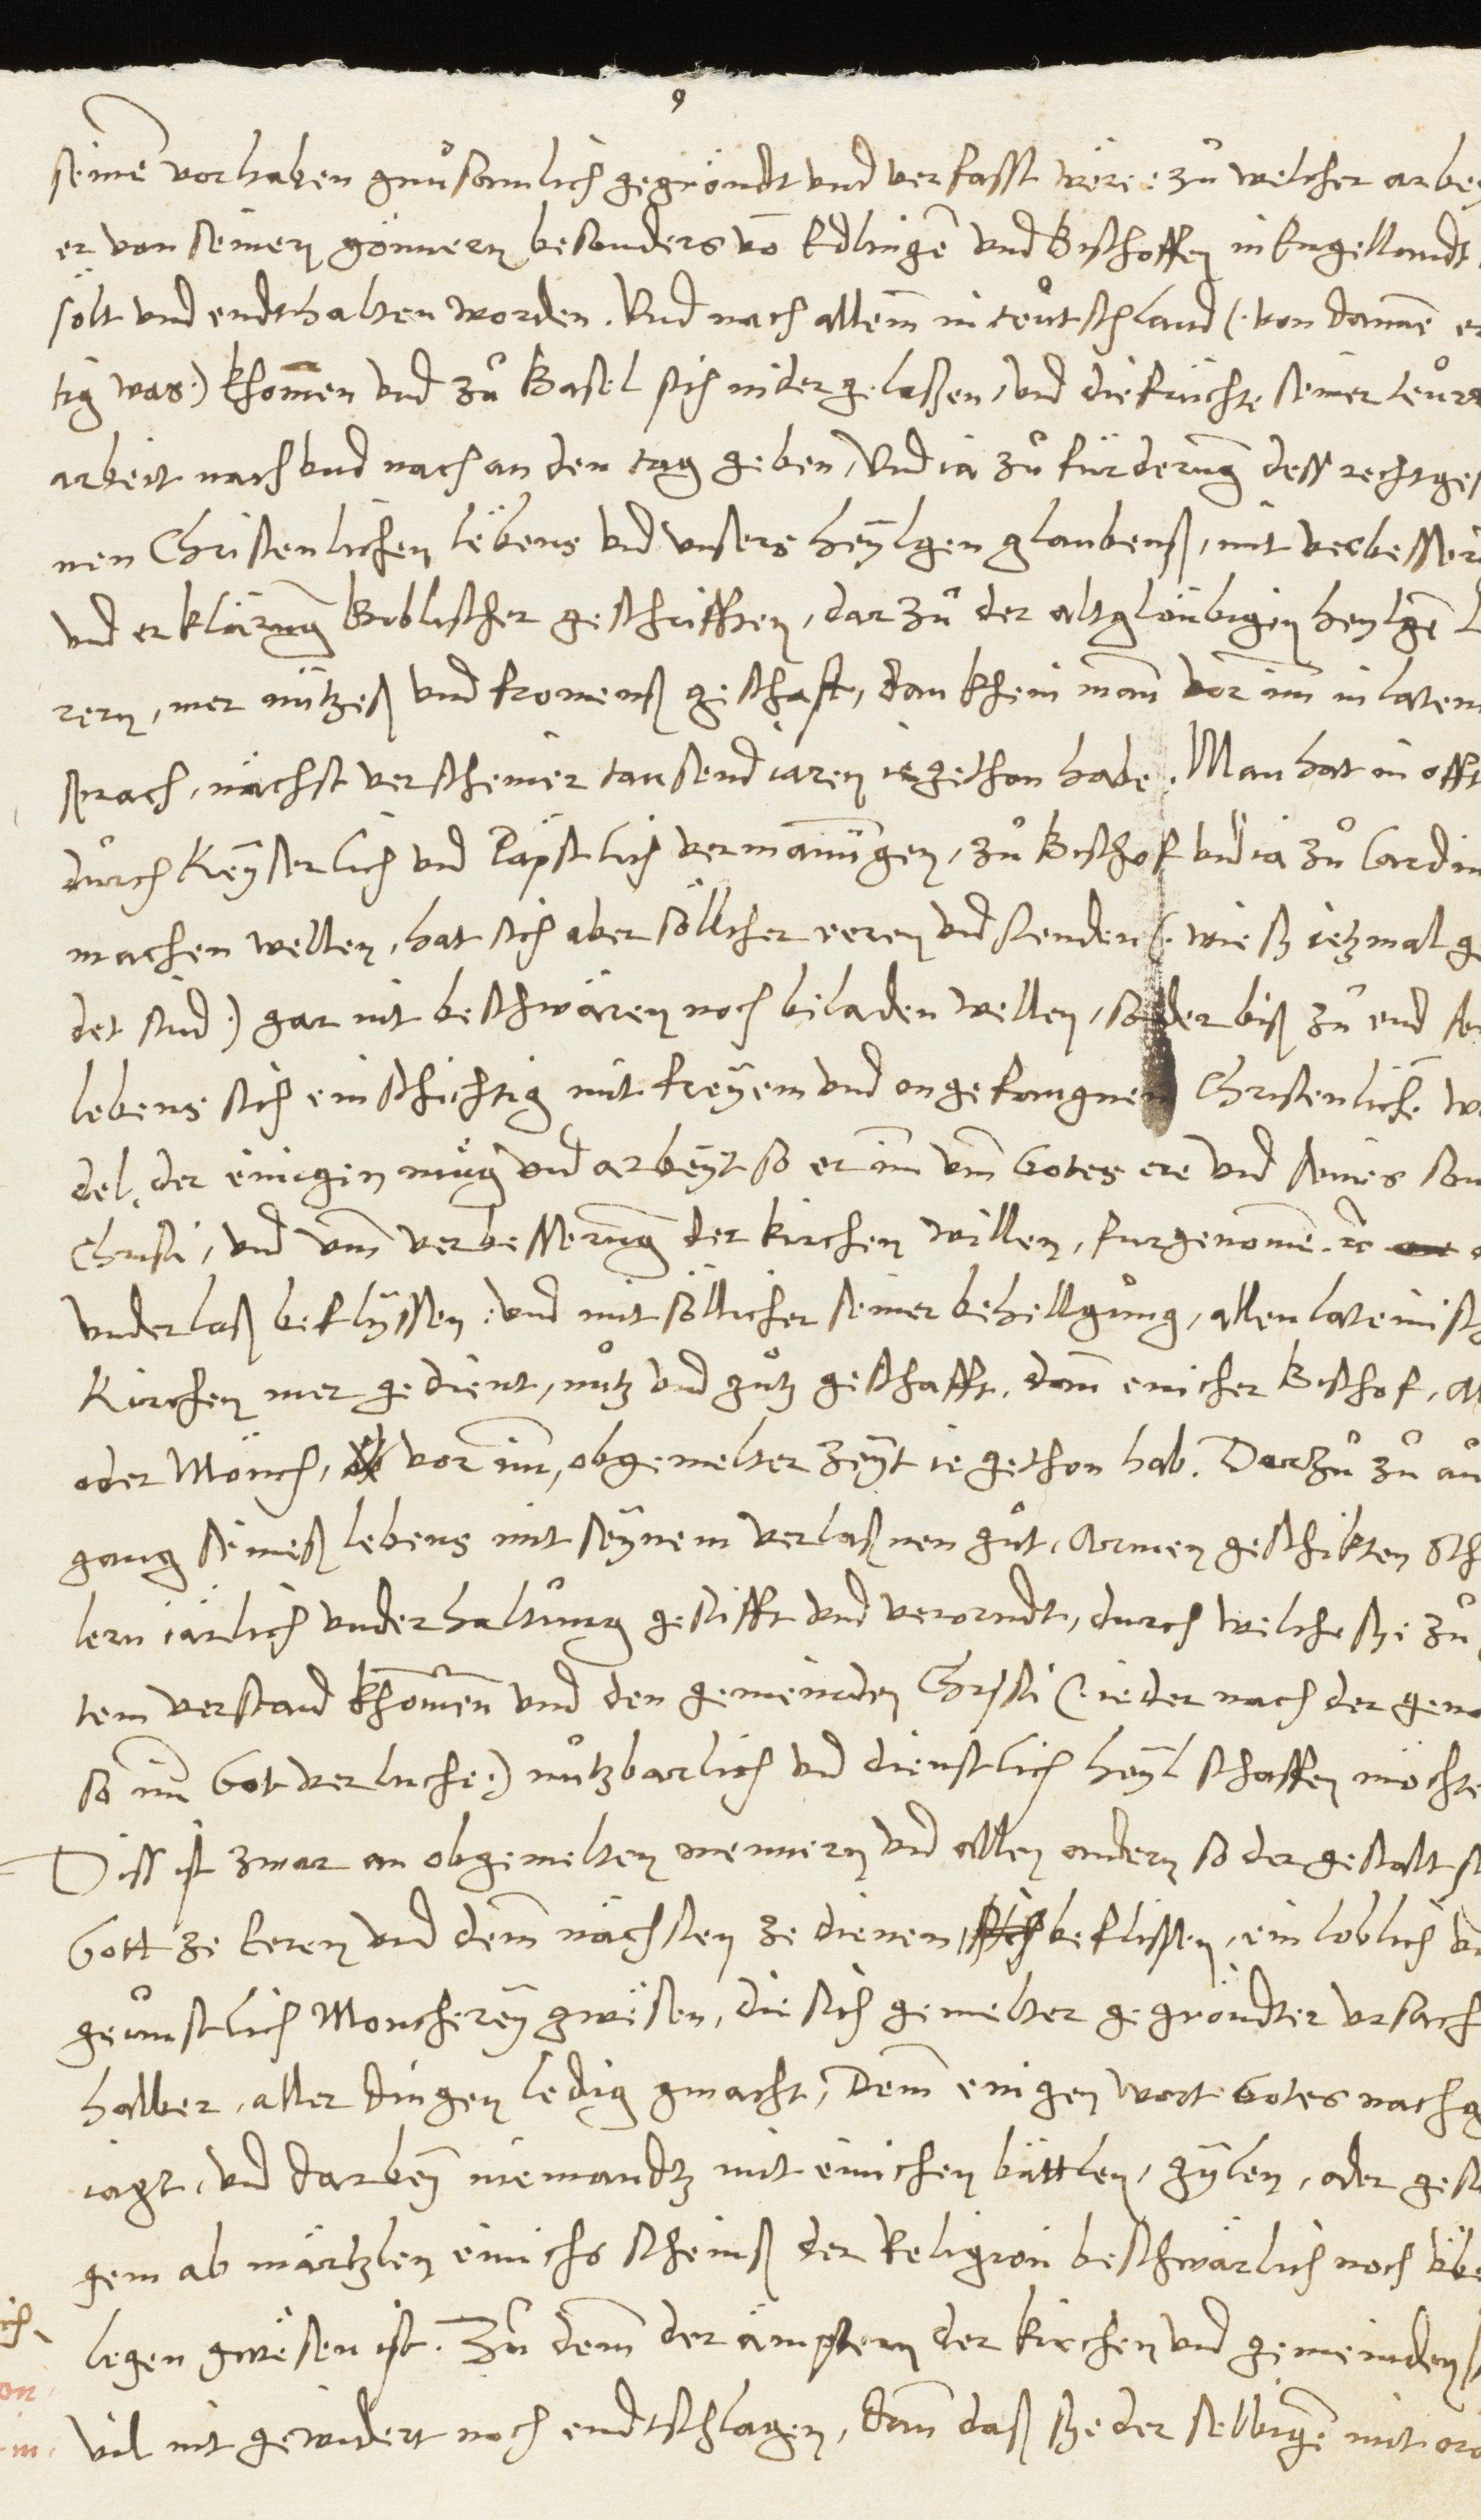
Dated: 1545–1546